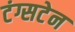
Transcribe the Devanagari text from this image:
टंग्सटेन